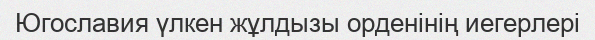
Югославия үлкен жұлдызы орденінің иегерлері